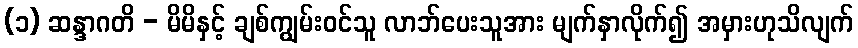
(၁) ဆန္ဒာဂတိ - မိမိနှင့် ချစ်ကျွမ်းဝင်သူ လာဘ်ပေးသူအား မျက်နှာလိုက်၍ အမှားဟုသိလျက်